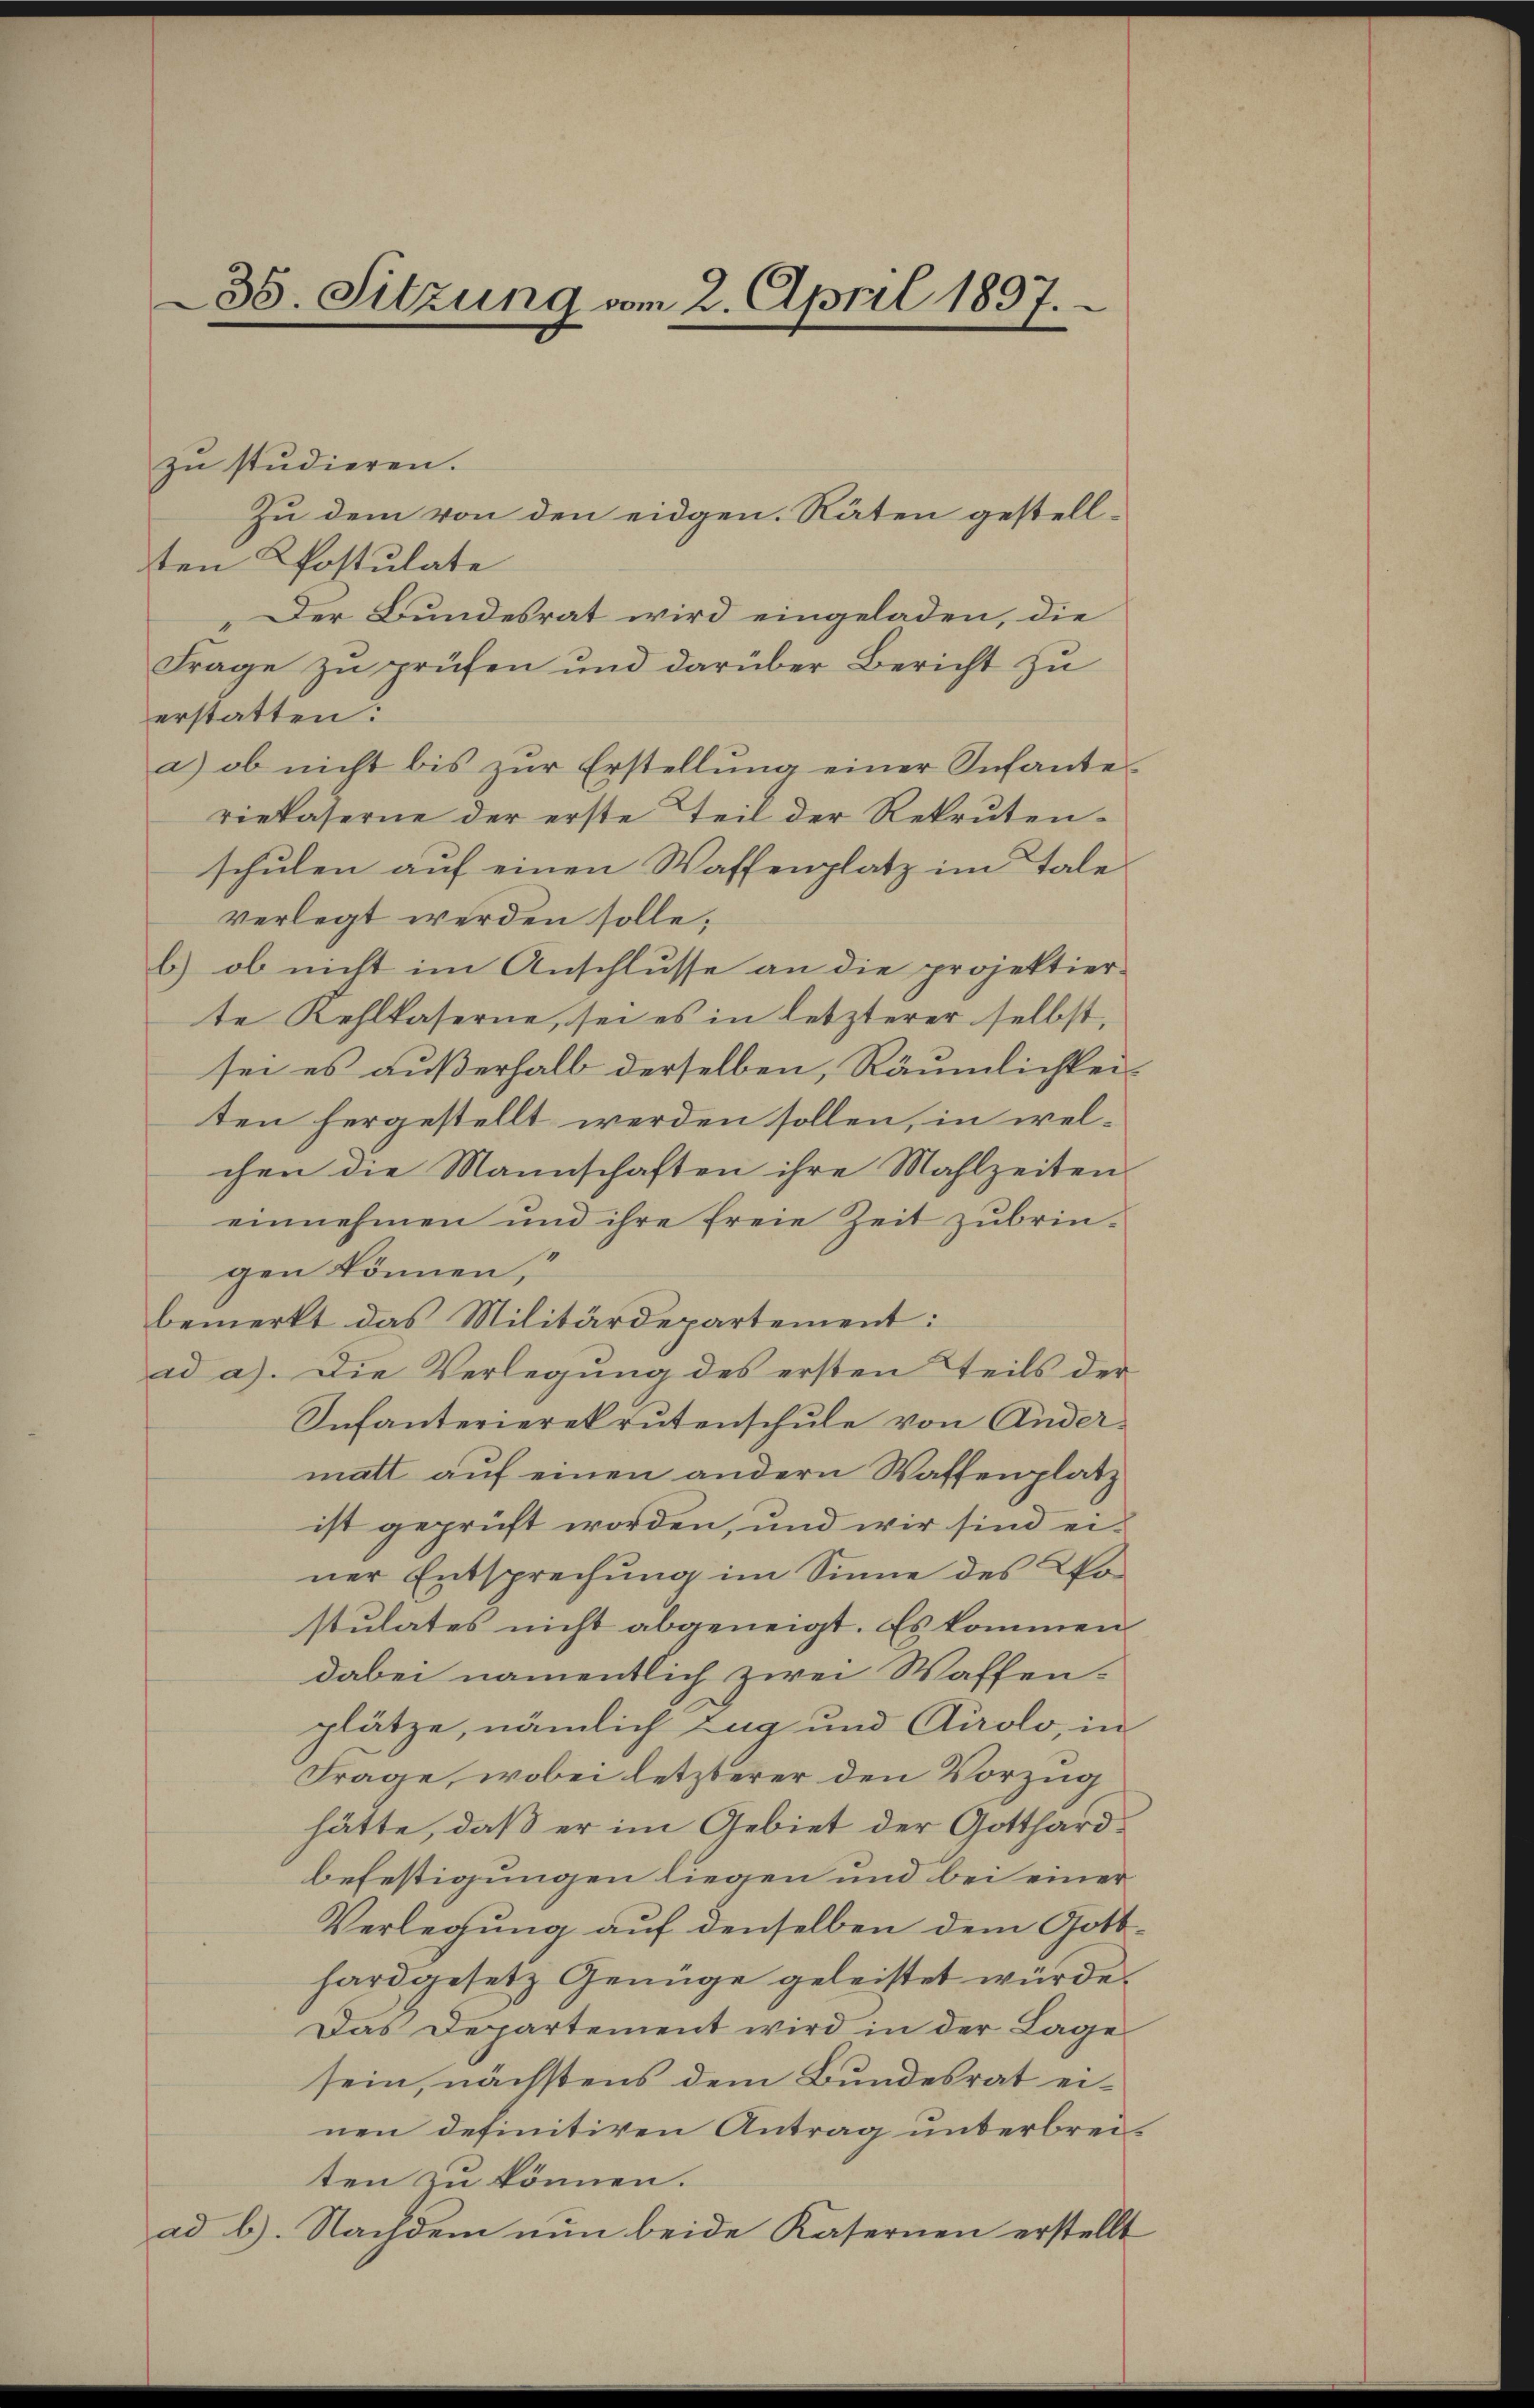
35. Sitzung vom 2. April 1897.

zu studieren.
Zu dem von den eidgen. Räten gestellten Postulate
Der Bundesrat wird eingeladen, die
Frage zu prüfen und darüber Bericht zu
erstatten:
a) ob nicht bis zŭr Erstellung einer Infante
riekaserne der erste Teil der Rekruten-
schulen auf einen Waffenplatz im Tale
verlegt werden solle;
b.) ob nicht im Anschlusse an die projektier-
te Kehlkaserne, sei es in letzterer selbst,
sei es außerhalb derselben, Räumlichkei
ten hergestellt werden sollen, in welchen die Mannschaften ihre Mahlzeiten
einnehmen und ihre freie Zeit zubringen können,
bemerkt das Militärdepartement:
ad a). Die Verlegung des ersten Teils der
Infanterierekrutenschule von Ander-
matt auf einen andern Waffenplatz
ist geprüft worden, und wir sind einer Entsprechung im Sinne des Wostulates nicht abgeneigt. Es kommen
dabei namentlich zwei Waffen.
plätze, nämlich Zug und Airolo, in
Frage, wobei letzterer den Vorzug
hätte, daß er im Gebiet der Gotthardbefestigungen liegen und bei einer
Verlegung auf denselben dem Gotthard gesetz Genüge geleistet würde.
Das Departement wird in der Lage
sein, nächstens dem Bundesrat einen definitiven Antrag unterbreiten zu können.
ad b. Nachdem nun beide Kasernen erstellt